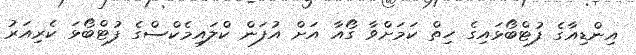
އިންޑިއާގެ ފުޓްބޯޅައިގެ ހިތް ކަމަށްވާ ގޯއާ އަށް އުފަން ކްލައިމެކްސްގެ ފުޓްބޯޅަ ކެރިއަރު